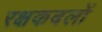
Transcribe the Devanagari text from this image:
रक्षकबलों